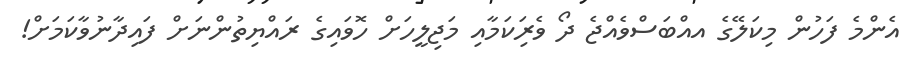
އެންމެ ފަހުން މިކަލޭގެ އއްބަސްވެއްޖެ ދޯ ވެރިަކަމާއި މަޖިލީހަށް ހޮވައިގެ ރައްޔިތުންނަށް ފައިދާނުވާކަމަށް!